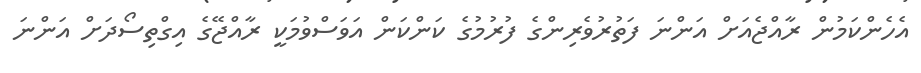
އެހެންކަމުން ރާއްޖެއަށް އަންނަ ފަތުރުވެރިންގެ ފުރުމުގެ ކަންކަން އަވަސްވުމަކީ ރާއްޖޭގެ އިގްތިސޯދަށް އަންނަ